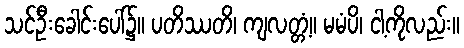
သင်ဦးခေါင်းပေါ်၌။ ပတိဿတိ၊ ကျလတ္တံ့။ မမံပိ၊ ငါ့ကိုလည်း။